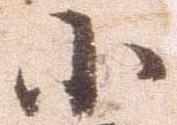
小